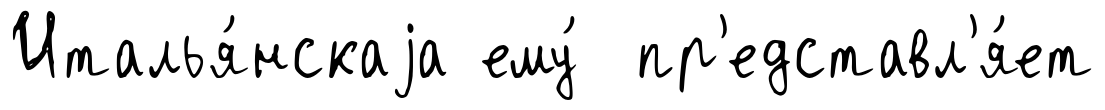
Италья́нскаjа ему́ пр'едставл'я́ет